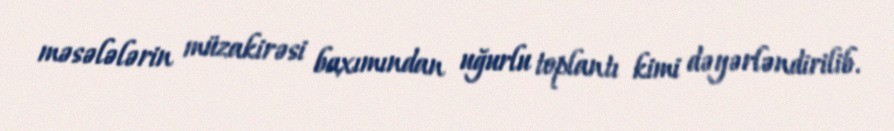
məsələlərin müzakirəsi baxımından uğurlu toplantı kimi dəyərləndirilib.